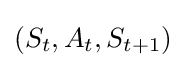
(S_{t},A_{t},S_{t+1})